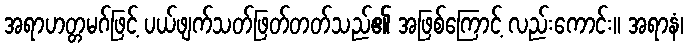
အရာဟတ္တမဂ်ဖြင့် ပယ်ဖျက်သတ်ဖြတ်တတ်သည်၏ အဖြစ်ကြောင့် လည်းကောင်း။ အရာနံ၊